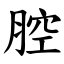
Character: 腔